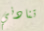
تنادني